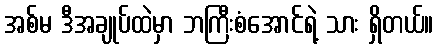
အစ်မ ဒီအချုပ်ထဲမှာ ဘကြီးစံအောင်ရဲ့ သား ရှိတယ်။